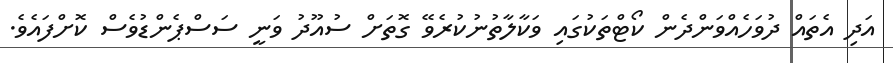
އަދި އެތައް ދުވަހެއްވަންދެން ކޯޓްތަކުގައި ވަކާލާތުނުކުރެވޭ ގޮތަށް ސުއޫދު ވަނީ ސަސްޕެންޑުވެސް ކޮށްފައެވެ.